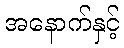
အနောက်နှင့်